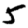
Digit: 5